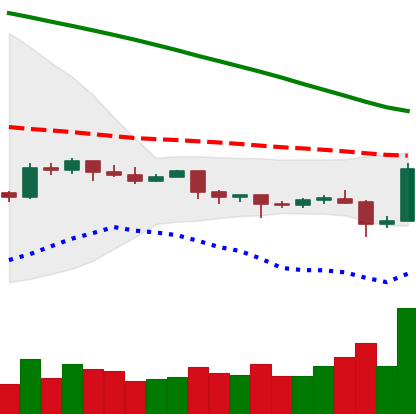
Ticker: EOS-USD
Chart end date: 2019-10-25
Forward return: 3.675%
Label: up_3_5